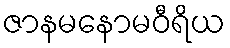
ဇာနမနောမဝီရိယ